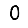
Digit: 0